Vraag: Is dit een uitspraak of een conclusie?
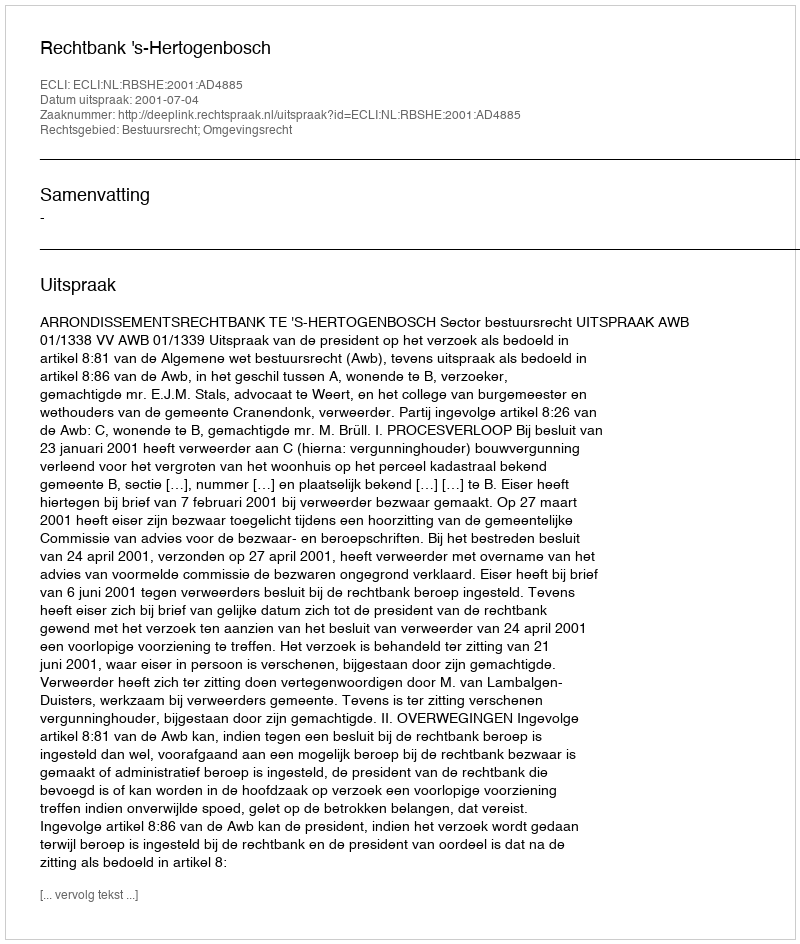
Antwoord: Uitspraak